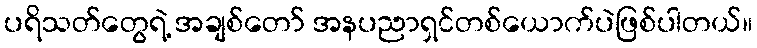
ပရိသတ်တွေရဲ့ အချစ်တော် အနပညာရှင်တစ်ယောက်ပဲဖြစ်ပါတယ်။